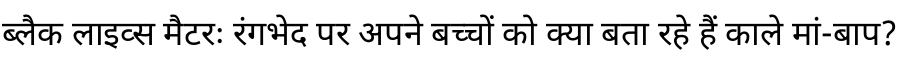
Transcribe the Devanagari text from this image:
ब्लैक लाइव्स मैटरः रंगभेद पर अपने बच्चों को क्या बता रहे हैं काले मां-बाप?